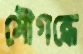
সৌগন্ধে